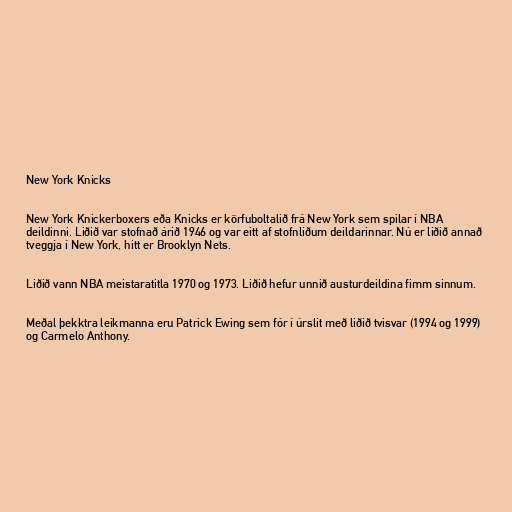
New York Knicks

New York Knickerboxers eða Knicks er körfuboltalið frá New York sem spilar í NBA
deildinni. Liðið var stofnað árið 1946 og var eitt af stofnliðum deildarinnar. Nú er liðið annað
tveggja í New York, hitt er Brooklyn Nets.

Liðið vann NBA meistaratitla 1970 og 1973. Liðið hefur unnið austurdeildina fimm sinnum.

Meðal þekktra leikmanna eru Patrick Ewing sem fór í úrslit með liðið tvisvar (1994 og 1999)
og Carmelo Anthony.